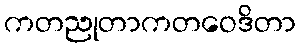
ကတညုတာကတဝေဒိတာ